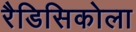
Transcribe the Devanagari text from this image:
रैडिसिकोला